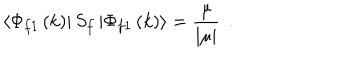
LaTeX: \left\langle \Phi _ { f 1 } \left( k \right) \right| S _ { f } \left| \Phi _ { f 1 } \left( k \right) \right\rangle = \frac \mu { \left| \mu \right| } \; \, .